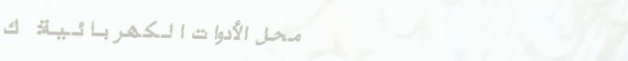
محل الأدوات الكهربائية: ك